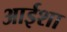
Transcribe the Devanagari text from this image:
आईशा